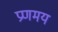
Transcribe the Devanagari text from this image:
प्रणमय